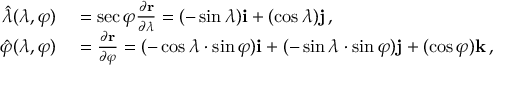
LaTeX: \begin{array} { r l } { { \boldsymbol { \hat { \lambda } } } ( \lambda , \varphi ) } & { { } = \sec { \varphi } { \frac { \partial \mathbf { r } } { \partial \lambda } } = ( - \sin { \lambda } ) \mathbf { i } + ( \cos { \lambda } ) \mathbf { j } \, , } \\ { { \boldsymbol { \hat { \varphi } } } ( \lambda , \varphi ) } & { { } = { \frac { \partial \mathbf { r } } { \partial \varphi } } = ( - \cos { \lambda } \cdot \sin { \varphi } ) \mathbf { i } + ( - \sin { \lambda } \cdot \sin { \varphi } ) \mathbf { j } + ( \cos { \varphi } ) \mathbf { k } \, , } \end{array}